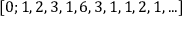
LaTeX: [ 0 ; 1 , 2 , 3 , 1 , 6 , 3 , 1 , 1 , 2 , 1 , . . . ]